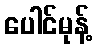
ပေါင်မုန့်